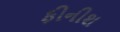
ફીનીશ